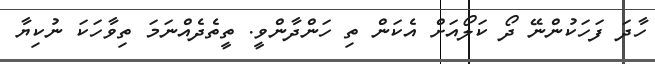
ހާދަ ފަހަކުންނޭ ދޯ ކަލޯއަށް އެކަން ތި ހަންދާންވީ. ތީތެދެއްނަމަ ތިވާހަކަ ނުކިޔާ